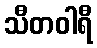
သီတဝါရီ